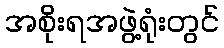
အစိုးရအဖွဲ့ရုံးတွင်